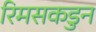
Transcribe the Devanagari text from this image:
रिमसकडुन